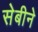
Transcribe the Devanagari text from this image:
सेबीने